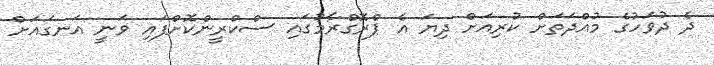
ދެ ދުވަހުގެ މުއްދަތަށް ކުރިއަށް ދިޔަ އެ ޕްރޮގްރާމުގައި ސްކްރީންކޮށްފައި ވަނީ އަނގައަށް